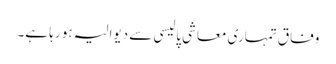
وفاق تمہاری معاشی پالیسی سے دیوالیہ ہو رہا ہے۔